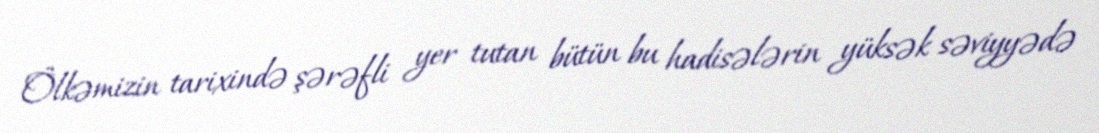
Ölkəmizin tarixində şərəfli yer tutan bütün bu hadisələrin yüksək səviyyədə